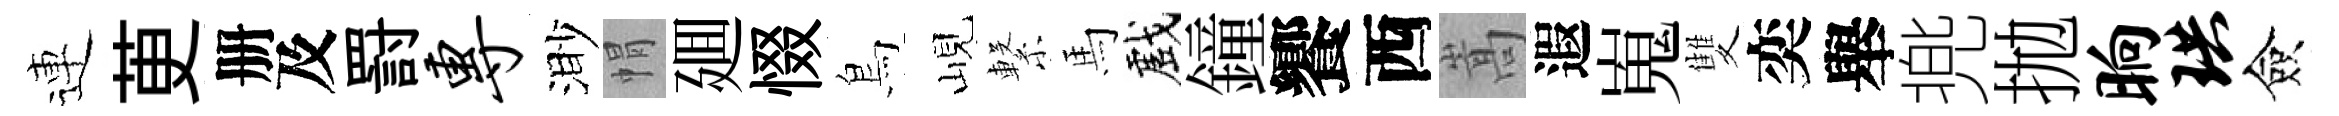
連茰册及罸专渺㡌廽惙鳥峴繋馬戲鐘饗西嵩遐嵬雙奕舉兠拋晌珙僉